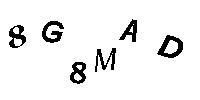
8G8MAD